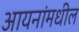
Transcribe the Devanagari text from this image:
आयनांमधील